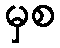
မှစ